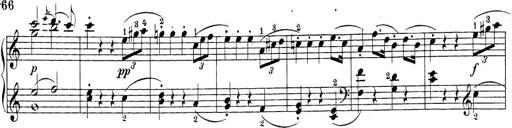
Title: Sonatina Album
Composer: Louis KÃ¶hler